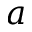
a